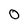
Character: 0